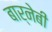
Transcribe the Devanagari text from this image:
बार्नेबी